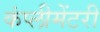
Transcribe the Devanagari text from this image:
कंप्लीमेंटरी